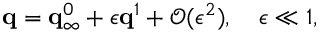
{ \bf q } = { \bf q } _ { \infty } ^ { 0 } + \epsilon { \bf q } ^ { 1 } + \mathcal { O } ( \epsilon ^ { 2 } ) , \quad \epsilon \ll 1 ,